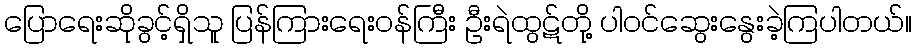
ပြောရေးဆိုခွင့်ရှိသူ ပြန်ကြားရေးဝန်ကြီး ဦးရဲထွဋ်တို့ ပါဝင်ဆွေးနွေးခဲ့ကြပါတယ်။